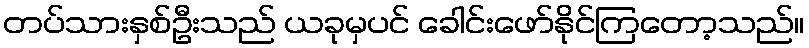
တပ်သားနှစ်ဦးသည် ယခုမှပင် ခေါင်းဖော်နိုင်ကြတော့သည်။